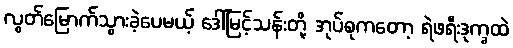
လွတ်မြောက်သွားခဲ့ပေမယ့် ဒေါ်မြင့်သန်းတို့ အုပ်စုကတော့ ရဲဖရီးဒုက္ခထဲ